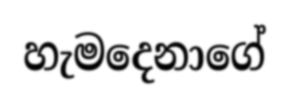
හැමදෙනාගේ